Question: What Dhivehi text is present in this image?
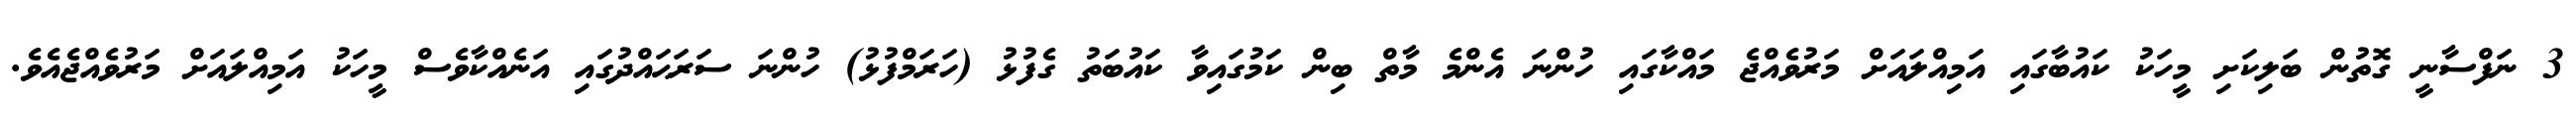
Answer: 3 ނަފްސާނީ ގޮތުން ބަލިކަށި މީހަކު ކައުބާގައި އަމިއްލައަށް މަރުވެއްޖެ މައްކާގައި ހުންނަ އެންމެ މާތް ބިން ކަމުގައިވާ ކައުބަތު ގެފުޅު (ހަރަމްފުޅު) ހުންނަ ސަރަޙައްދުގައި އަނެއްކާވެސް މީހަކު އަމިއްލައަށް މަރުވެއްޖެއެވެ.